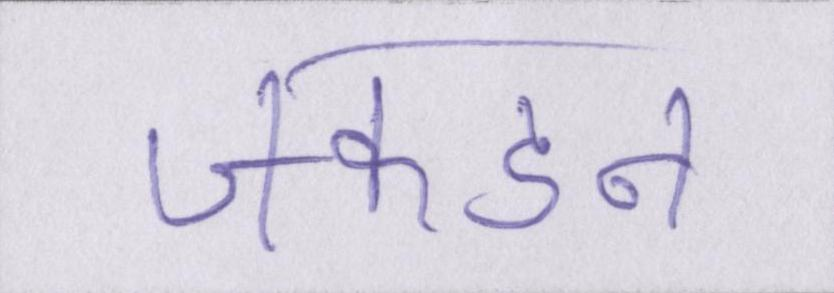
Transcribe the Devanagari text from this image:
जकडन